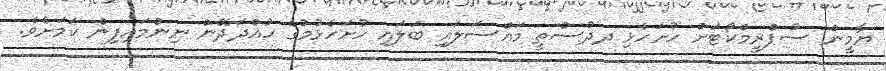
ޔާމީން ސުޕްރީމްކޯޓަށް ހުށަހެޅި ދދުސްތީ މައްސަލައި ބަލައި ހުށަހެޅުމުގެ ހުއްދަދޭން ނިންމައިފިން ކަމަށެވެ.